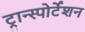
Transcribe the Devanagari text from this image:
ट्रान्स्पोर्टेशन